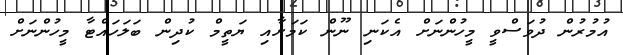
އުމުރުން ދުވަސްވީ މީހުންނަށް އެކަނި ނޫން ކަމަށާއި ޔަތީމް ކުދިން ބަލަހައްޓާ މީހުންނަށް